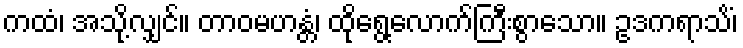
ကထံ၊ အသို့လျှင်။ တာဝမဟန္တံ၊ ထိုရွေ့လောက်ကြီးစွာသော။ ဥဒကရာသိံ၊